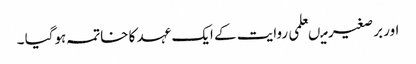
اور برصغیر میںعلمی روایت کے ایک عہد کا خاتمہ ہوگیا ۔